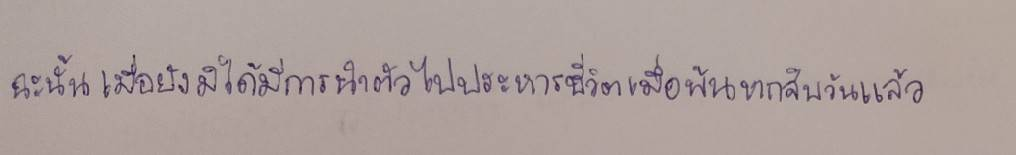
ฉะนั้นเมื่อยังมิได้มีการนำตัวไปประหารชีวิตเมื่อพ้นหกสิบวันแล้ว